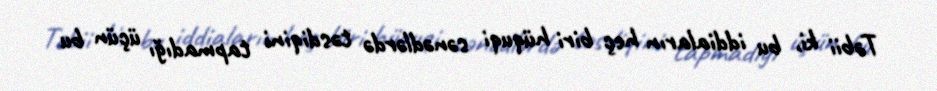
Təbii ki, bu iddiaların heç biri hüquqi sənədlərdə təsdiqini tapmadığı üçün bu